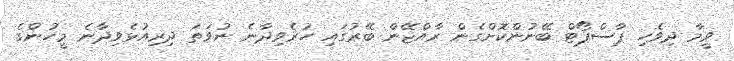
ވީމާ ދިވެހި ޕާސްޕޯޓް ބޭނުންކޮށްގެން ރާއްޖޭން ބޭރުގައި ހުރެވިދާނެ ނުވަތަ ދިރިއުޅެވިދާނެ މީހުންގެ